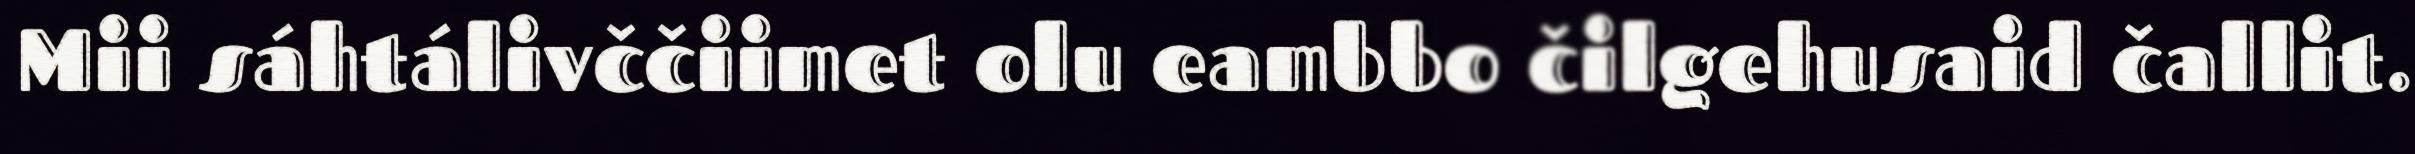
Mii sáhtálivččiimet olu eambbo čilgehusaid čallit.